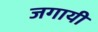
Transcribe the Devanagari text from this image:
जगायी